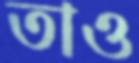
তাও